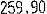
259.90